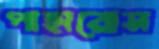
পাহারোস